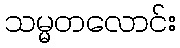
သမ္မတလောင်း